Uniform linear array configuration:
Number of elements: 64
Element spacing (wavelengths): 0.25
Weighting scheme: hann
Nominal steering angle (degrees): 30
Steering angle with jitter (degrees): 31.98
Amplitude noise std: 0.05
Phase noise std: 0.05

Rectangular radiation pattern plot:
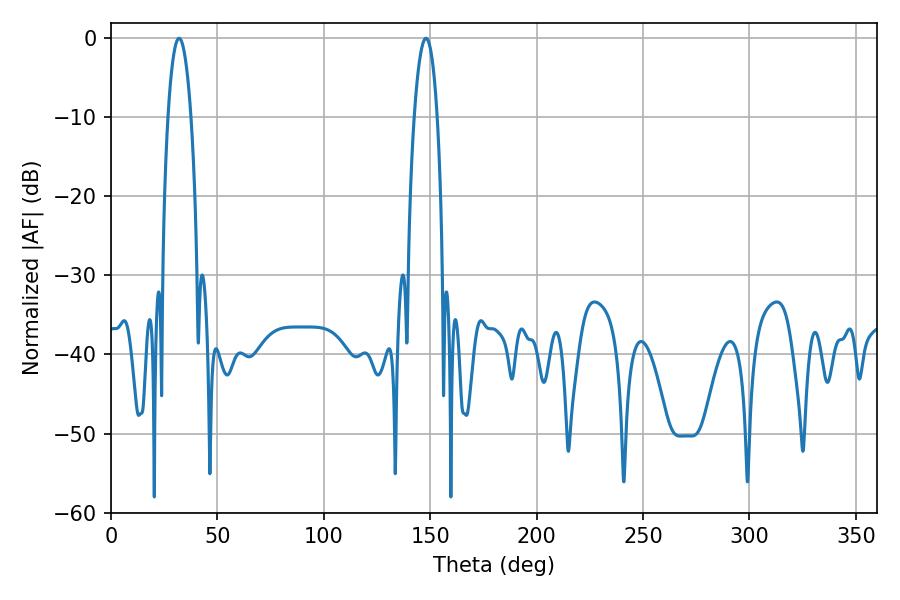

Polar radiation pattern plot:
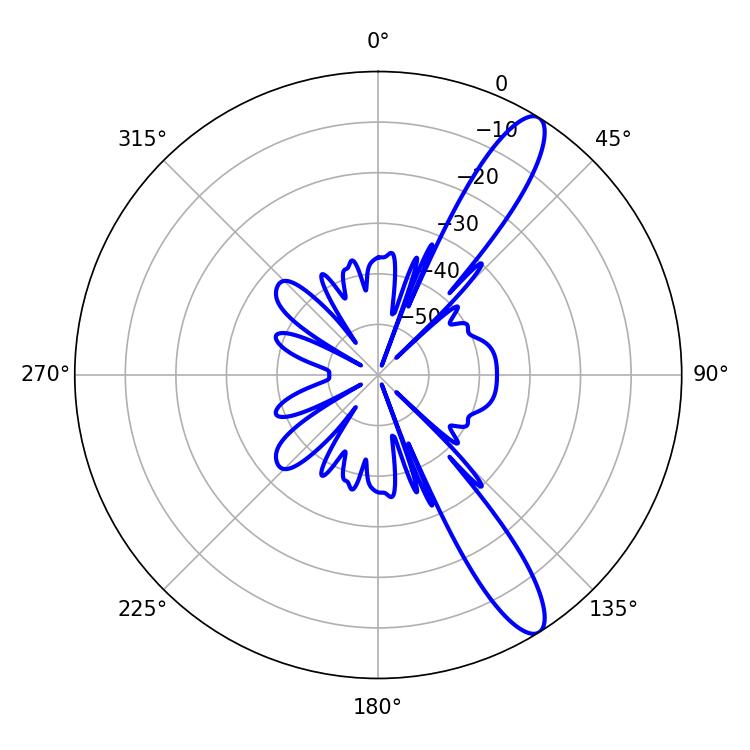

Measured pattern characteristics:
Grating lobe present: FALSE
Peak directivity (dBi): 12.235
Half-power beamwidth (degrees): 6.12
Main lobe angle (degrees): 32.04